Indian Medical Review
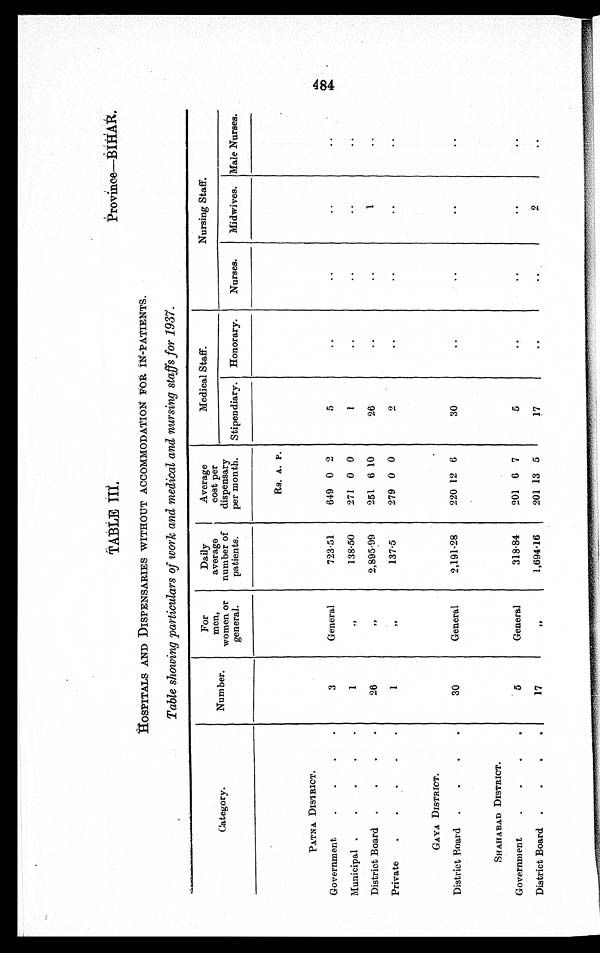
TABLE III—concld
Province—B
IHAR.
HOSPITALS AND DISPENSARIES WITHOUT ACCOMMODATION' FOR IN-PATIENTS.
Table showing particulars of work and medical and nursing staffs for 1937.
Category.
Number.
For
men,
women or
general.
Daily
average
number of
patients.
Average
cost per
dispensary
per month.
Medical Staff.
Nursing Staff.
Stipendiary. Honorary.
Nurses.
Midwives. Male Nurses.
PATNA DISTRICT.
3
General
723.51
Rs. A. P.
5
..
. .
. .
. .
Government
.
.
.
.
649 0 2
Municipal •
•
.
•
.
1
,,
138.50
271 0 0
1 ..
..
..
..
District Board .
.
.
.
2 6
, ,
2,895.99
251 6 10
26
..
..
1
..
Private
.
.
.
.
.
1
„
137..5
279 0 0
2
..
..
..
..
GAYA DISTRICT.
30
General
2,191.28
220 12 6
30
..
..
..
..
District Board .
.
.
.
SHAHABAD DISTRICT.
5
General
318.84
201 6 7
5
..
..
. .
..
Government
.
.
.
.
District Board .
.
.
.
17
, ,
1,694.16
201 13 5
17
..
..
2
..